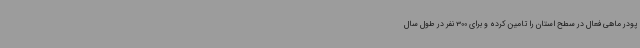
پودر ماهی فعال در سطح استان را تامین کرده و برای 300 نفر در طول سال